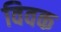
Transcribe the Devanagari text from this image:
विवक